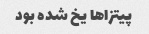
پیتزا‌ها یخ شده بود